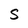
Character: S